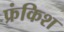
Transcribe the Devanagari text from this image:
फ्रंकिश